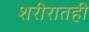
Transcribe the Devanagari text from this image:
शरीरातही